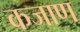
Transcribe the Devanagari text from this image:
कजाण